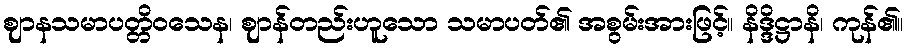
ဈာနသမာပတ္တိဝသေန၊ ဈာန်တည်းဟူသော သမာပတ်၏ အစွမ်းအားဖြင့်။ နိဒ္ဒိဋ္ဌာနိ၊ ကုန်၏။